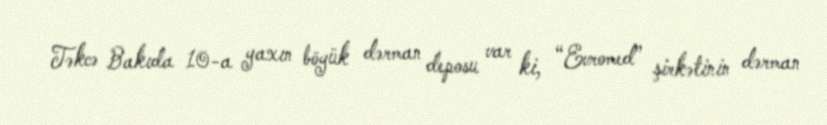
Təkcə Bakıda 10-a yaxın böyük dərman deposu var ki, “Evromed” şirkətinin dərman